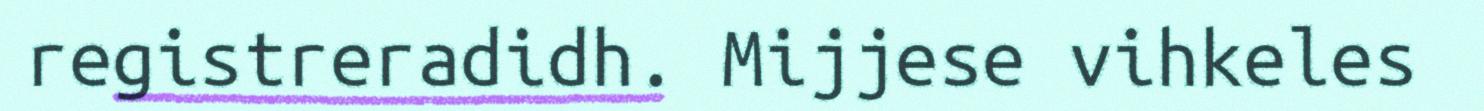
registreradidh. Mijjese vihkeles